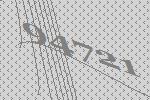
94721